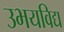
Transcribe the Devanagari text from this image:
उभयविद्य